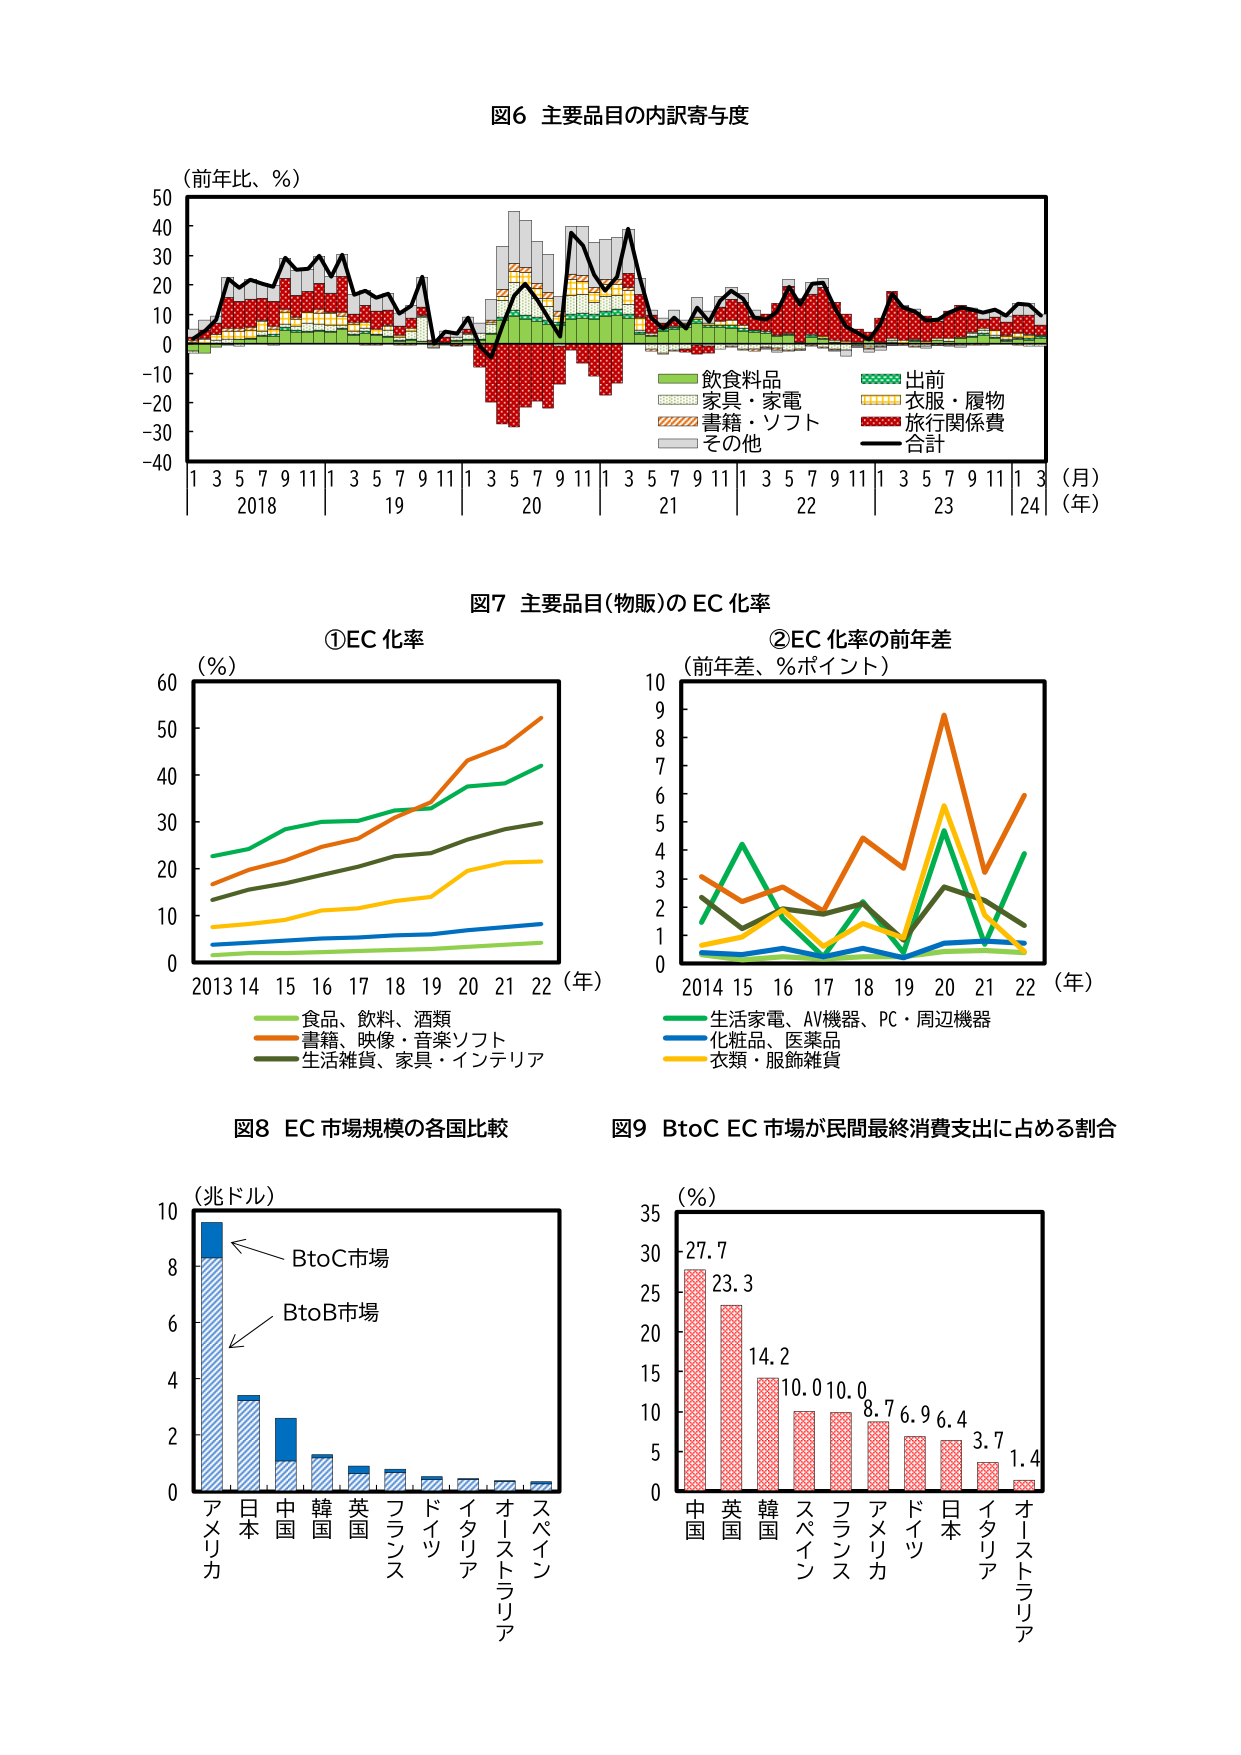
図6 主要品目の内訳寄与度
（前年比、％）
50
40
30
20
10
0
-10
-20
-30
-40
1 3 5 7 9 11 1 3 5 7 9 11 1 3 5 7 9 11 1 3 5 7 9 11 1 3 5 7 9 11 1 3 （月）
2018 19 20 21 22 23 24 （年）
飲食料品
出前
家具・家電
衣服・履物
書籍・ソフト
旅行関係費
その他
合計

図7 主要品目（物販）の EC 化率
①EC 化率
（％）
60
50
40
30
20
10
0
2013 14 15 16 17 18 19 20 21 22 （年）
食品、飲料、酒類
書籍、映像・音楽ソフト
生活雑貨、家具・インテリア
②EC 化率の前年差
（前年差、％ポイント）
10
9
8
7
6
5
4
3
2
1
0
2014 15 16 17 18 19 20 21 22 （年）
生活家電、AV機器、PC・周辺機器
化粧品、医薬品
衣類・服飾雑貨

図8 EC 市場規模の各国比較
（兆ドル）
10
8
6
4
2
0
アメリカ
日本
中国
韓国
英国
フランス
ドイツ
イタリア
オーストラリア
スペイン
BtoC市場
BtoB市場

図9 BtoC EC 市場が民間最終消費支出に占める割合
（％）
35
30
25
20
15
10
5
0
中国 27.7
英国 23.3
韓国 14.2
スペイン 10.0
フランス 10.0
アメリカ 8.7
ドイツ 6.9
日本 6.4
イタリア 3.7
オーストラリア 1.4